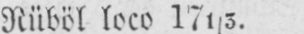
Rüböl loco 171/5.